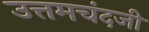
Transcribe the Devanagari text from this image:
उत्तमचंदजी